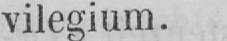
vilegium.